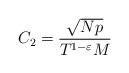
LaTeX: \begin{align*}C_2 = \frac{\sqrt{N p}}{T^{1 - \varepsilon} M}\end{align*}